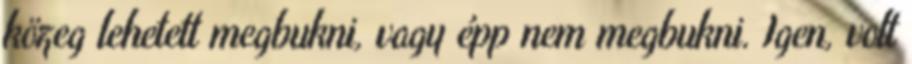
közeg lehetett megbukni, vagy épp nem megbukni. Igen, volt